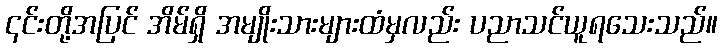
၎င်းတို့အပြင် အိမ်ရှိ အမျိုးသားများထံမှလည်း ပညာသင်ယူရသေးသည်။